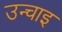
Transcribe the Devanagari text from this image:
उन्चाइ